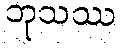
ဘုသဿ